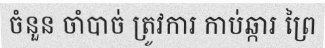
ចំនួន ចាំបាច់ ត្រូវការ កាប់ឆ្ការ ព្រៃ